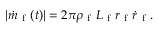
\left\vert \dot { m } _ { \mathrm { ~ f ~ } } ( t ) \right\vert = 2 \pi \rho _ { \mathrm { ~ f ~ } } L _ { \mathrm { ~ f ~ } } r _ { \mathrm { ~ f ~ } } \dot { r } _ { \mathrm { ~ f ~ } } .